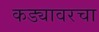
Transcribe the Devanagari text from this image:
कड्यावरचा